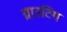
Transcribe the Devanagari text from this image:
ग्राउटिंग